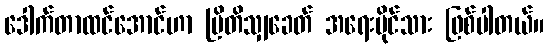
ဒေါက်တာထင်အောင်ဟာ ဗြိတိသျှခေတ် အရေးပိုင်သား ဖြစ်ပါတယ်။